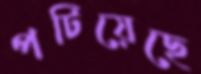
পটিয়েছে